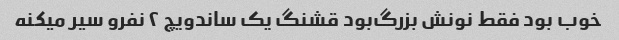
خوب بود فقط نونش بزرگ‌بود قشنگ یک ساندویچ ۲ نفرو سیر میکنه